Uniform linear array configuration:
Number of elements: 4
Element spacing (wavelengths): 0.25
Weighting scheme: hamming
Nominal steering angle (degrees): -15
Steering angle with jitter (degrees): -16.892
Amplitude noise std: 0.05
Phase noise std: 0.05

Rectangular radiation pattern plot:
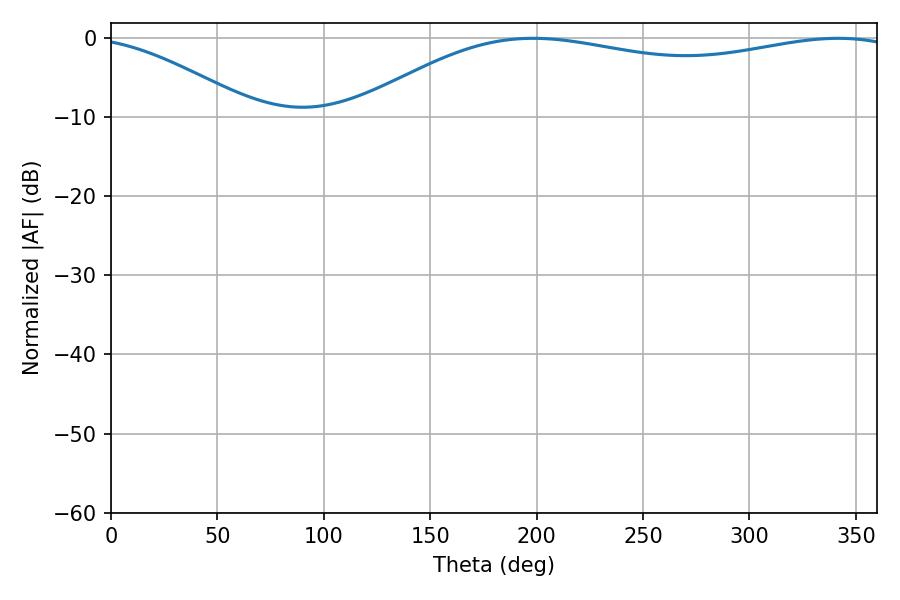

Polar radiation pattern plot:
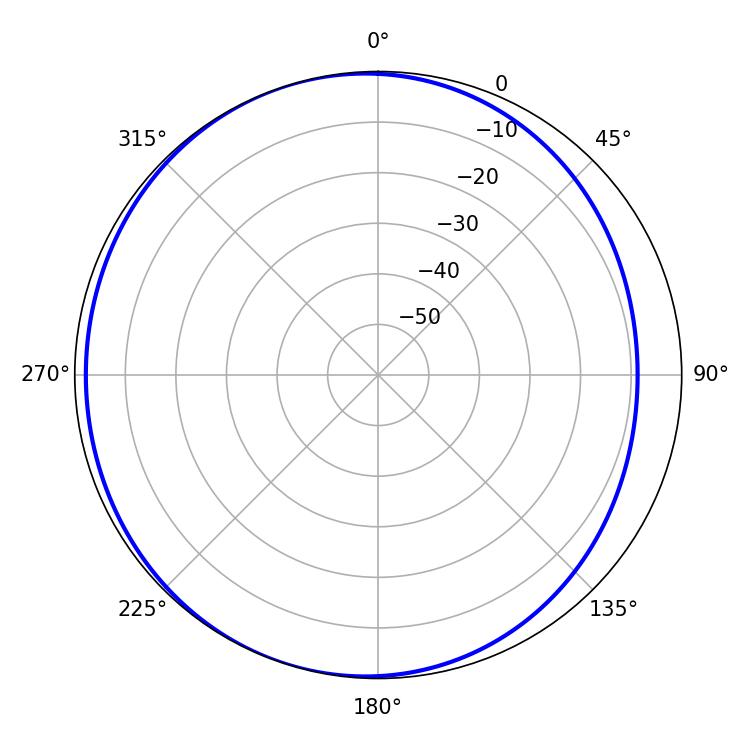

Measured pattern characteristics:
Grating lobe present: FALSE
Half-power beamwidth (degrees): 208.62
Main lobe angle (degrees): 198.36